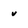
Character: v